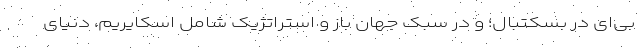
‌بی‌ای در بسکتبال؛ و در سبک جهان باز و استراتژیک شامل اسکایریم، دنیای